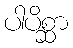
ပါပိစ္ဆာ